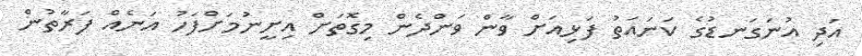
އަދި އުނަގަނޑުގެ ކަނައަތު ފަޅިއަށް ވާން ވަންދެން މިގޮތަށް އިށީނުމަށްފަހު އަނެއް ފަރާތުން